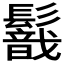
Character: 𩯈